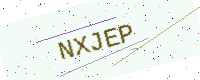
Text: NXJEP